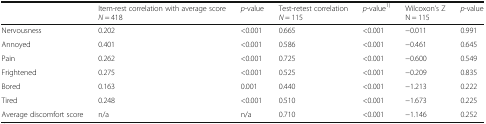
|  | Item-rest correlation with average score N = 418 | p-value | Test-retest correlation N = 115 | p-value1) | Wilcoxon’s Z N = 115 | p-value |
 | --- | --- | --- | --- | --- | --- | --- |
 | Nervousness | 0.202 | <0.001 | 0.665 | <0.001 | −0.011 | 0.991 |
 | Annoyed | 0.401 | <0.001 | 0.586 | <0.001 | −0.461 | 0.645 |
 | Pain | 0.262 | <0.001 | 0.725 | <0.001 | −0.600 | 0.549 |
 | Frightened | 0.275 | <0.001 | 0.525 | <0.001 | −0.209 | 0.835 |
 | Bored | 0.163 | 0.001 | 0.440 | <0.001 | −1.213 | 0.222 |
 | Tired | 0.248 | <0.001 | 0.510 | <0.001 | −1.673 | 0.225 |
 | Average discomfort score | n/a | n/a | 0.710 | <0.001 | −1.146 | 0.252 |